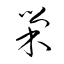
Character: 巣